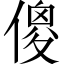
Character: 傻